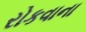
રોકવાના